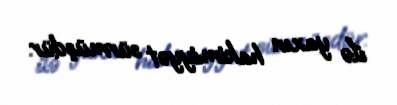
ilə yaxın hakimiyyət sürmüşdür.